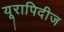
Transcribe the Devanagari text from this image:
यूरापिदीज